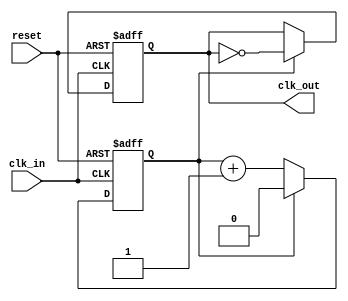
module clock_divider_buffer #(
    parameter DIV_FACTOR = 2 // Default division factor (can be overridden)
) (
    input wire clk_in,        // Input clock signal
    input wire reset,         // Asynchronous reset signal
    output reg clk_out        // Output clock signal
);

    reg [$clog2(DIV_FACTOR)-1:0] counter; // Counter to track clock cycles

    // Always block triggered on the rising edge of clk_in
    always @(posedge clk_in or posedge reset) begin
        if (reset) begin
            counter <= 0;        // Reset counter
            clk_out <= 0;       // Reset output clock
        end else begin
            if (counter == (DIV_FACTOR - 1)) begin
                clk_out <= ~clk_out; // Toggle output clock
                counter <= 0;        // Reset counter
            end else begin
                counter <= counter + 1; // Increment counter
            end
        end
    end

endmodule